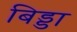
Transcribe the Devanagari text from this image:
बिड्डा